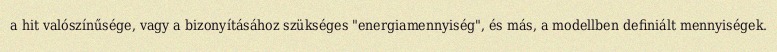
a hit valószínűsége, vagy a bizonyításához szükséges "energiamennyiség", és más, a modellben definiált mennyiségek.